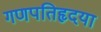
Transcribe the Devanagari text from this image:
गणपतिहृदया